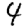
Digit: 4